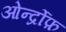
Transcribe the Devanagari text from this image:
ओर्न्द्रोफ़